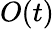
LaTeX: O(t)